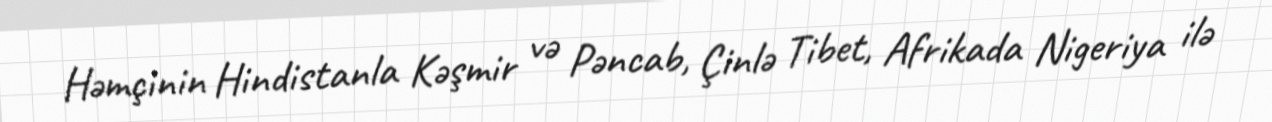
Həmçinin Hindistanla Kəşmir və Pəncab, Çinlə Tibet, Afrikada Nigeriya ilə